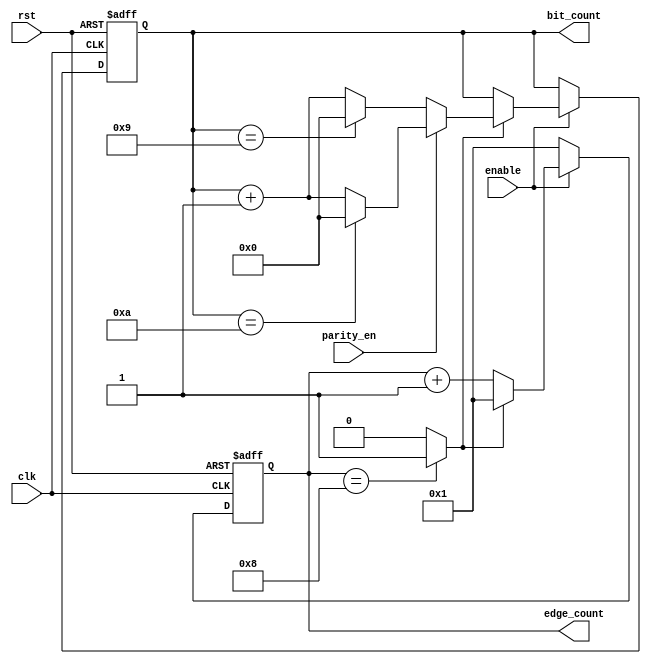
module edge_bit_counter#( parameter width=8)(
  
  input wire enable,
  input wire parity_en,
  input wire clk, rst,
  output reg [3:0] bit_count, edge_count

  );
 
 reg flag;
 
 always@(posedge clk or negedge rst)
    begin
      if(!rst)
        begin
          edge_count <= 'b1;
          bit_count <= 'b0;
        end
      else
        begin
          if(enable)
            begin
              if(flag == 'b0)
                begin
                  edge_count <= edge_count + 'b1;
                end
              else
                begin
                  edge_count <= 1;
                  bit_count <= bit_count + 'b1;
                  if(parity_en)
                    begin
                      if(bit_count == 'd10)
                        begin
                          bit_count <= 'd0;
                        end
                    end
                  else
                    begin
                      if(bit_count == 'd9)
                        begin
                          bit_count <= 'd0;
                        end
                    end

                    
                end 
            end

        else
          begin
             edge_count <= 'b1;
          end
    end 
end

always@(*)
    begin
      if(edge_count == 4'd8)
        begin
            flag='b1;
        end
      else
        begin
           flag='b0;
         end
    end

endmodule